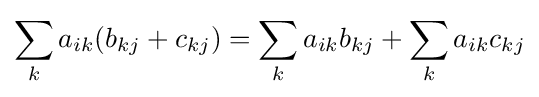
\sum _{k}a_{ik}(b_{kj}+c_{kj})=\sum _{k}a_{ik}b_{kj}+\sum _{k}a_{ik}c_{kj}